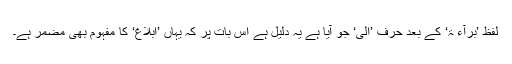
لفظ ’بَرَآءَ ۃٌ‘ کے بعد حرف ’الٰی‘ جو آیا ہے یہ دلیل ہے اس بات پر کہ یہاں ’ابلاغ‘ کا مفہوم بھی مضمر ہے۔